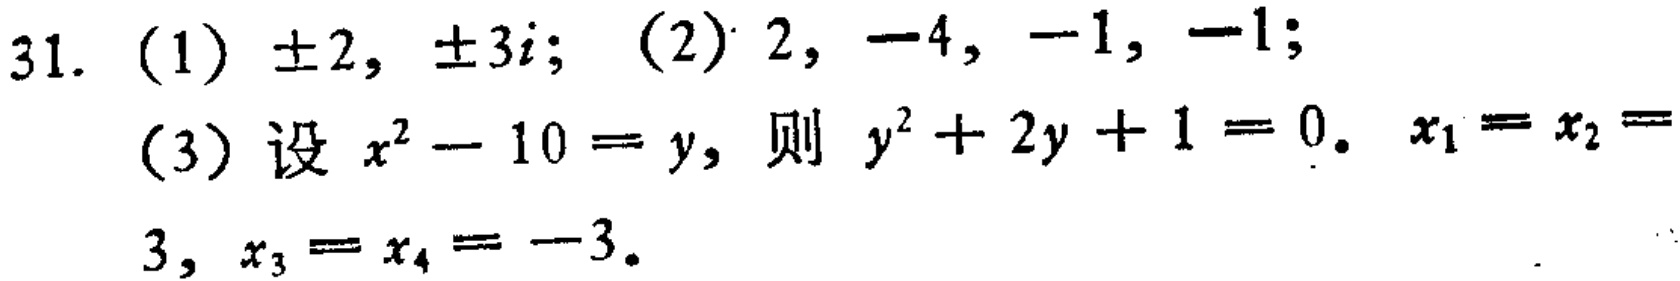
31. (1) $\pm2, \pm3i$; (2) $2, -4, -1, -1$;
(3) 设 $x^{2}-10 = y$, 则 $y^{2}+2y + 1 = 0$. $x_{1}=x_{2}=$
$3, x_{3}=x_{4}=-3$.